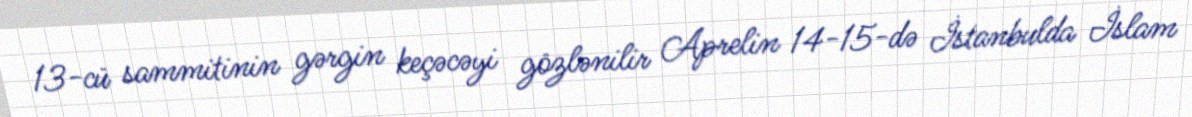
13-cü sammitinin gərgin keçəcəyi gözlənilir Aprelin 14-15-də İstanbulda İslam